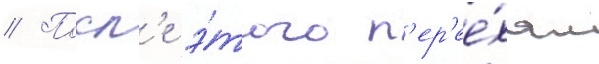
// Посл'е э́того п'ер'ее́хал